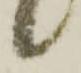
候